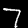
Digit: 7